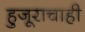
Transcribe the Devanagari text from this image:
हुजूराचाही